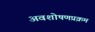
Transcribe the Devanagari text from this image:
अवशोषणप्रक्रम